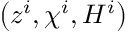
\left( z ^ { i } , \chi ^ { i } , H ^ { i } \right)